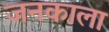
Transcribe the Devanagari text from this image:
जनकाला